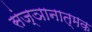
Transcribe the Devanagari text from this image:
संज्ञानात्‍मक